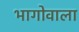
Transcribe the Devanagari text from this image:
भागोवाला